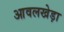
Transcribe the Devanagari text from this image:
आवलखेड़ा